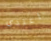
اعتدى